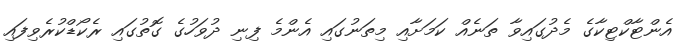
އެންޓާކްޓިކާގެ މެދުގައިވާ ތަނެއް ކަމަށާއި މިތަނުގައި އެންމެ ފިނި ދުވަހުގެ ގޮތުގައި ރެކޯޑްކުރެވިފައި